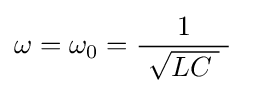
\omega =\omega _{0}={\frac {1}{\ {\sqrt {LC\;}}\ }}\